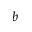
b